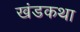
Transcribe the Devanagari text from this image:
खंडकथा